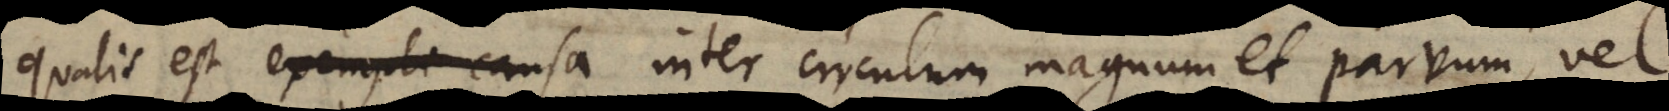
qualis est exempli causa inter circulum magnum et parvum, vel